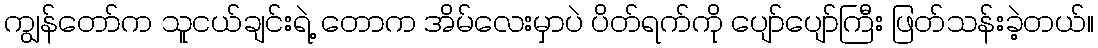
ကျွန်တော်က သူငယ်ချင်းရဲ့ တောက အိမ်လေးမှာပဲ ပိတ်ရက်ကို ပျော်ပျော်ကြီး ဖြတ်သန်းခဲ့တယ်။